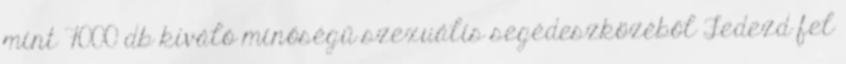
mint 7000 db kiváló minőségű szexuális segédeszközéből Fedezd fel